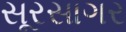
સૂરસાગર